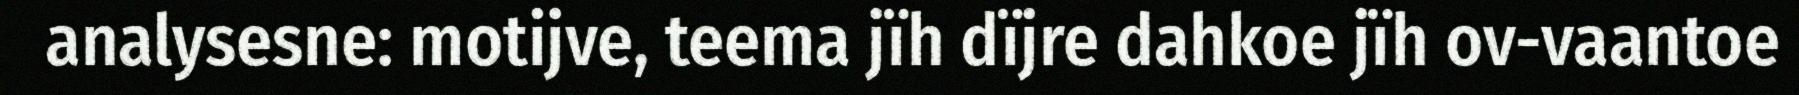
analysesne: motijve, teema jïh dïjre dahkoe jïh ov-vaantoe